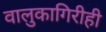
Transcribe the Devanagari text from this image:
वालुकागिरीही